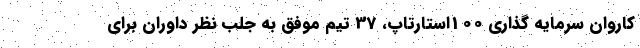
کاروان سرمایه گذاری 100استارتاپ، 37 تیم موفق به جلب نظر داوران برای